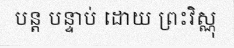
បន្ត បន្ទាប់ ដោយ ព្រះវិស្ណុ